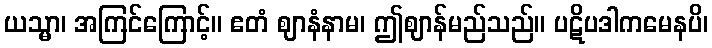
ယသ္မာ၊ အကြင်ကြောင့်။ ဧတံ ဈာနံနာမ၊ ဤဈာန်မည်သည်။ ပဋိပဒါကမေနပိ၊